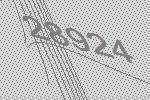
28924